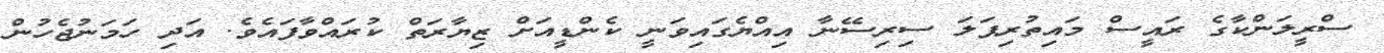
ސްރީލަންކާގެ ރައީސް މައިތުރިޕަލަ ސިރިސޭނާ އިއްޔެގައިވަނީ ކެންޑީއަށް ޒިޔާރަތް ކުރައްވާފައެވެ. އަދި ހަމަނުޖެހުން